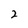
Character: 2